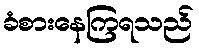
ခံစားနေကြရသည်